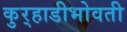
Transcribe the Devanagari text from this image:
कुर्‍हाडीभोवती